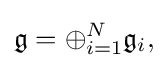
\displaystyle {{\mathfrak {g}}=\oplus _{i=1}^{N}{\mathfrak {g}}_{i},}